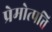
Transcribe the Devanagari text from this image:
प्रेमोत्पत्ति